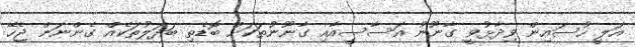
އަލީ ހުސައިން ވިދާޅުވީ ގާނޫނު އަސާސީއާއި ގާނޫނުތަކަށް ބޮޑެތި ބަދަލުތަކެއް ގެންނަން ޖެހޭ